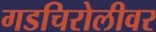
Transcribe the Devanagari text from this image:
गडचिरोलीवर